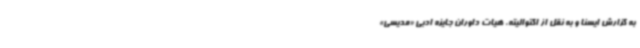
به گزارش ایسنا و به نقل از اکتوالیته، هیات داوران جایزه ادبی «مدیسی»